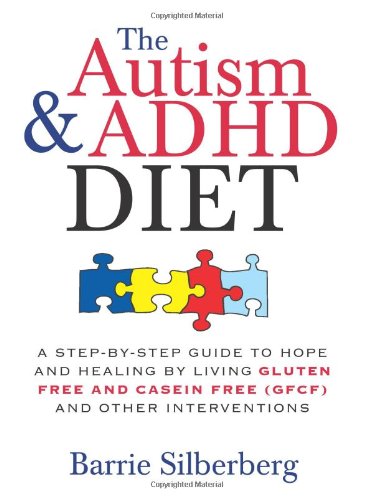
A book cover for The Autism & ADHD Diet: A Step-by-Step Guide to Hope and Healing by Living Gluten Free and Casein Free (GFCF) and Other Interventions; Barrie Silberberg; Health, Fitness & Dieting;